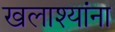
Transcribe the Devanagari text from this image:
खलाश्यांना